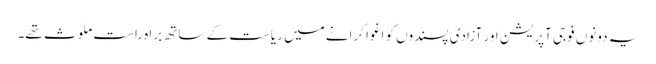
یہ دونوں فوجی آپریشن اور آزادی پسندوں کو اغوا کرانے میں ریاست کے ساتھ براہ راست ملوث تھے۔